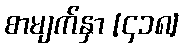
စာမျက်နှာ [၄၁၈]